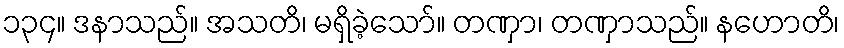
၁၃၄။ ဒနာသည်။ အသတိ၊ မရှိခဲ့သော်။ တဏှာ၊ တဏှာသည်။ နဟောတိ၊